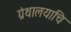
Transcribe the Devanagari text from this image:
ग्रंथालयाचि